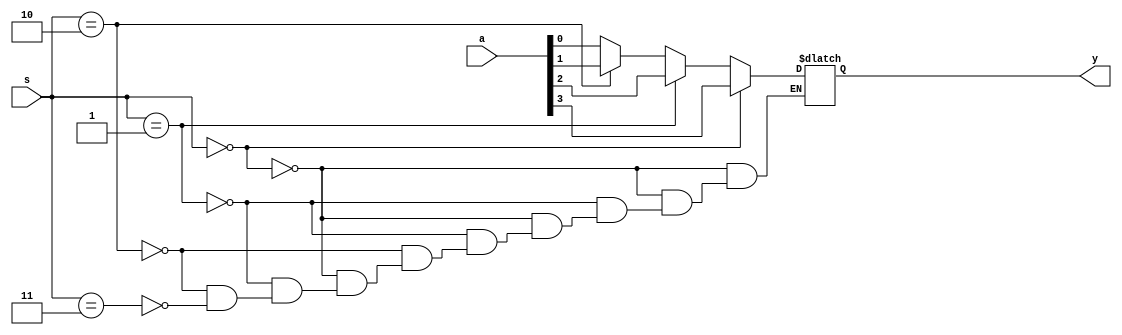
module mux_4x1_behave_elseif(a,s,y);
    input [0:3]a;
    input [0:1]s;
    output y;
    reg y;
    always @ (a,s)

    if (s==2'b00)
    y=a[0];
    else if (s==2'b01)
    y=a[1];
    else if (s==2'b10)
    y=a[2];
    else if (s==2'b11)
    y=a[3];

endmodule